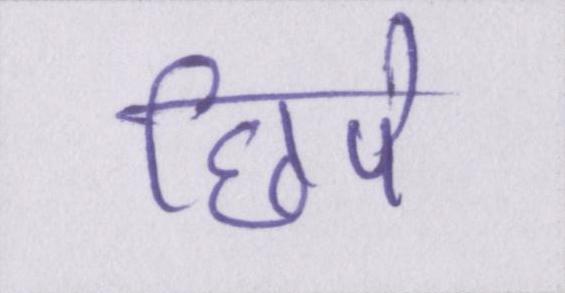
छिपे